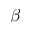
\boldsymbol { \beta }